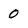
Character: 0